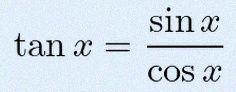
\tan x=\frac{\sin x}{\cos x}